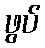
ဖွပ်